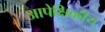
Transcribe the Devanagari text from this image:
आपेक्षिकीय